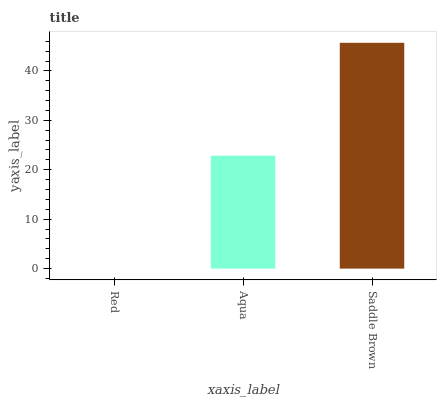
| xaxis_label | bars |
 | --- | --- |
 | Red | 0 |
 | Aqua | 22.8 |
 | Saddle Brown | 45.7 |